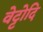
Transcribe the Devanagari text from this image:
वेट्टोदि